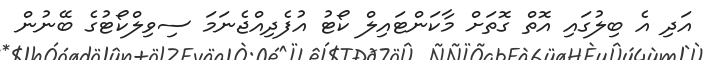
އަދި އެ ބިލުގައި އޮތް ގޮތަށް މާކަންޓައިލް ކޯޓު އުފެދިއްޖެނަމަ ސިވިލްކޯޓުގެ ބޭނުން